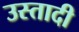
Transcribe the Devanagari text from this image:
उस्तादी